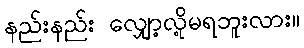
နည်းနည်း လျှော့လို့မရဘူးလား။